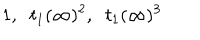
LaTeX: 1 , \; \; t _ { 1 } ( \infty ) ^ { 2 } , \; \; t _ { 1 } ( \infty ) ^ { 3 }